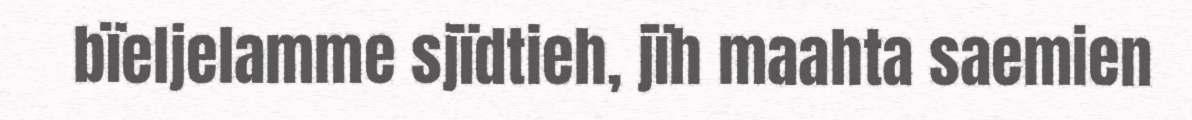
bïeljelamme sjïdtieh, jïh maahta saemien